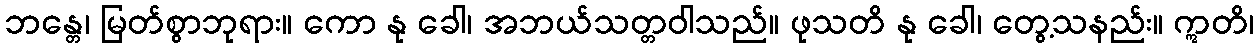
ဘန္တေ၊ မြတ်စွာဘုရား။ ကော နု ခေါ၊ အဘယ်သတ္တဝါသည်။ ဖုသတိ နု ခေါ၊ တွေ့သနည်း။ ဣတိ၊